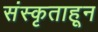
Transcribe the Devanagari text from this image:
संस्कृताहून